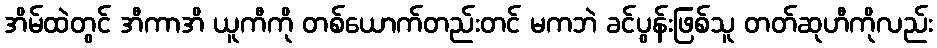
အိမ်ထဲတွင် အီကာအိ ယူကီကို တစ်ယောက်တည်းတင် မကဘဲ ခင်ပွန်းဖြစ်သူ တတ်ဆုဟီကိုလည်း